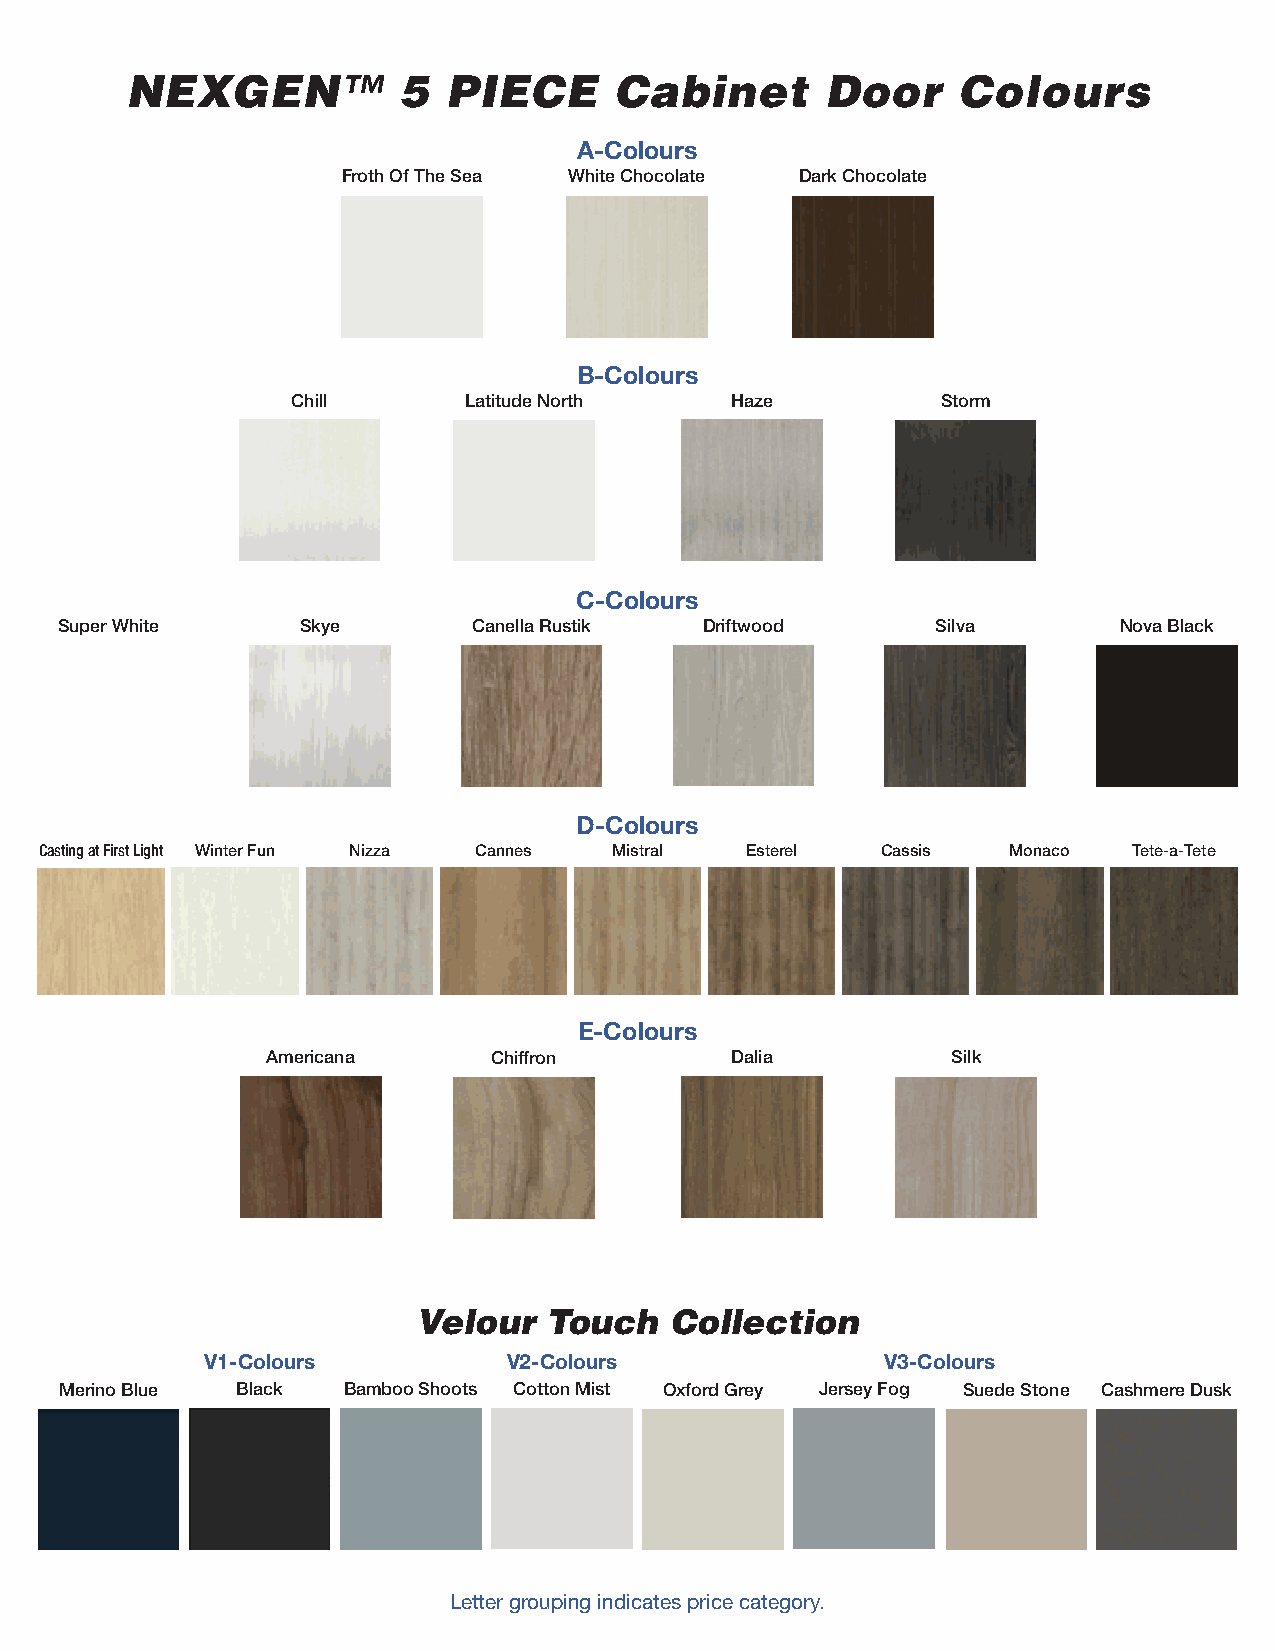
NEXGEN™           5   PIECE      Cabinet       Door    Colours
 NEXGEN™
 A-Colours                                          5  PIECE      Cabinet       Door                 Mouldings
 Froth Of The Sea White Chocolate Dark Chocolate
 Individual mouldings not available in all
 Styles
 colours.
 ML = Mitered Construction                    Please inquire
 CL = Cope & Stick Construction
 The colours available are listed below each
 B-Colours                                                         profile.
 Chill       Latitude North   Haze          Storm                    Finish and/or colour subject to availability.
 Please inquire.
 ML4459 - CL4459           ML4741
 3 3/8
 2 9/16
 3/4                 13/16
 C-Colours
 Super White     Skye       Canella Rustik  Driftwood      Silva       Nova Black
 2 1/4                 2 1/2
 3 13/16             3 3/4
 Available in all colours Chill
 Dark Chocolate
 MLWP22             ML4716*
 Latitude North
 White Chocolate
 D-Colours
 ML4546 - CL4546         ML4935
 Casting at First Light Winter Fun Nizza Cannes Mistral Esterel Cassis Monaco Tete-a-Tete
 3/4                 3/4                 3 5/16
 2 1/16
 3                 2 1/2
 Cassis              Black
 Esterel             Merino Blue
 E-Colours
 Latitude North      Cotton Mist
 Americana      Chiffron       Dalia          Silk                        Mistral
 2 7/8              2 7/16
 Monaco
 Nizza                                  SMWP22              SM4716*
 ML4300               ML4307
 Velour  Touch   Collection                                 7/8                  7/8                      1
 3/4
 V1-Colours          V2-Colours               V3-Colours                         2 7/8                2
 Merino Blue Black  Bamboo Shoots Cotton Mist Oxford Grey Jersey Fog Suede Stone Cashmere Dusk Froth Of The Sea Froth Of The Sea
 Silva                Silva                                1/4
 1 5/16               1 1/4
 Skye                 Skye
 OC04L               AS08L
 Letter grouping indicates price category.